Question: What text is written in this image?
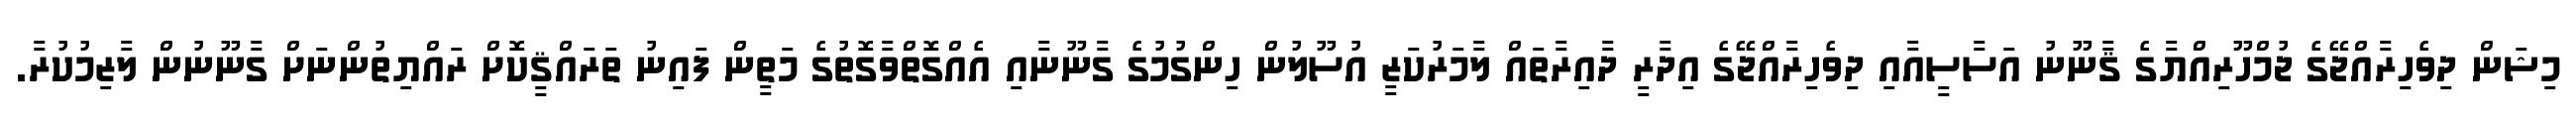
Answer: މިޝަން ދިވެހިރާއްޖޭގެ ޖުމްހޫރިއްޔާގެ ޤާނޫނު އަސާސީއާއި ދިވެހިރާއްޖޭގެ އިދާރީ ދާއިރާތައް ލާމަރުކަޒީ އުސޫލުން ހިންގުމުގެ ގާނޫނާއި އެއްގޮތްވާގޮތުގެ މަތީން ފައިނު ތަރައްޤީކޮށް ރައްޔިތުންނަށް ގާނޫނުން ލާޒިމުކުރާ.